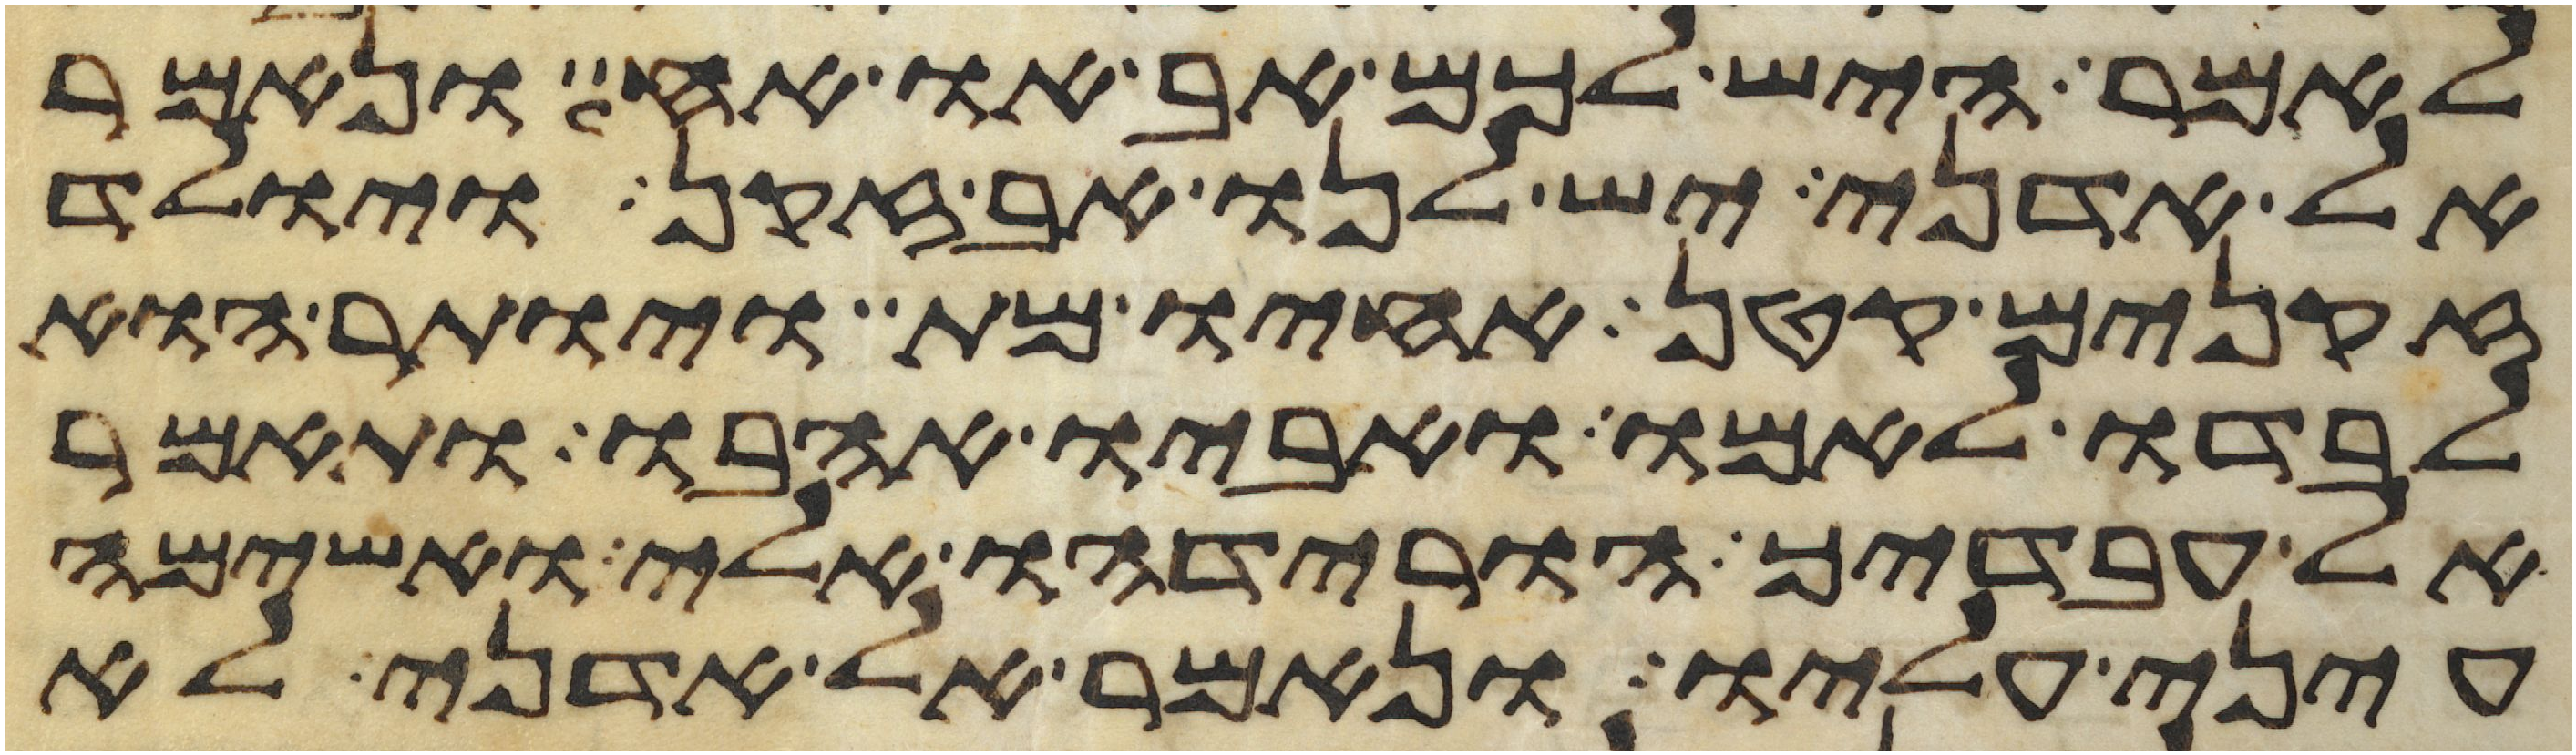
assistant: לאמר היש לכם אב או אח ונאמר
אל אדני יש לנו אב זקן ויולד
זקנים קטן אחיו מת ויותר הוא
לבדו לאמו ואביו אהבו ותאמר
אל עבדיך הורידהו אלי ואשימה
עיני עליו ונאמר אל אדני לא